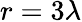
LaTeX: r=3\lambda